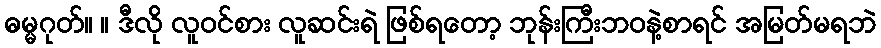
ဓမ္မဂုတ်။ ။ ဒီလို လူဝင်စား လူဆင်းရဲ ဖြစ်ရတော့ ဘုန်းကြီးဘဝနဲ့စာရင် အမြတ်မရဘဲ